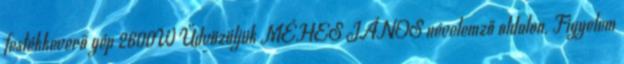
festékkeverő gép 2600W Üdvözöljük MÉHES JÁNOS névelemző oldalon. Figyelem